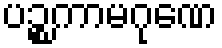
ပဉ္စကာမဂုဏေ